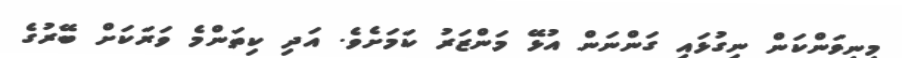
މިނިވަންކަން ނިގުޅައި ގަންނަން އުޅޭ މަންޒަރު ކަމަށެވެ. އަދި ކިތަންމެ ވަރަކަށް ބޭރުގެ